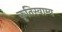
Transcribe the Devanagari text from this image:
कृतिस्वाम्य